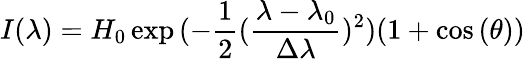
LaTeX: I(\lambda)=H_{0}\exp{(-\frac{1}{2}(\frac{\lambda-\lambda_{0}}{\Delta\lambda})^{2})}(1+\cos{(\theta)})